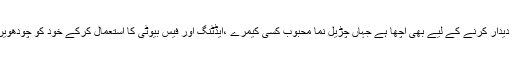
محبوب کے تھوبڑے کا دیدار کرنے کے لیے بھی اچھا ہے جہاں چڑیل نما محبوب کسی کیمرے ،ایڈٹنگ اور فیس بیوٹی کا استعمال کرکے خود کو چودھویں کا چاند ظاہر کرتا ہے۔